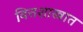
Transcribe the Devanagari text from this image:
वित्तशास्त्रात